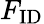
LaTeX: F_{\mathrm{ID}}